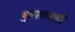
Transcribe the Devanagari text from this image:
पुकारण्याची